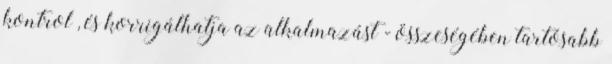
kontrol , és korrigálhatja az alkalmazást - összeségében tartósabb